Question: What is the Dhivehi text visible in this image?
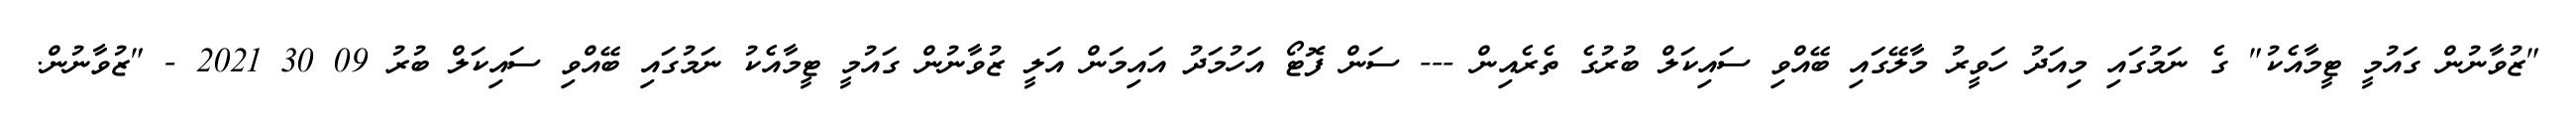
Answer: "ޒުވާނުން ގައުމީ ޓީމާއެކު" ގެ ނަމުގައި މިއަދު ހަވީރު މާލޭގައި ބޭއްވި ސައިކަލް ބުރުގެ ތެރެއިން --- ސަން ފޮޓޯ އަހުމަދު އައިމަން އަލީ ޒުވާނުން ގައުމީ ޓީމާއެކު ނަމުގައި ބޭއްވި ސައިކަލް ބުރު 09 30 2021 - "ޒުވާނުން.